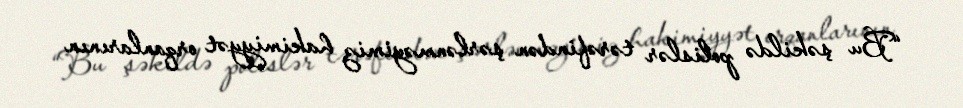
“Bu şəkildə polislər tərəfindən şərlənməyimiz hakimiyyət orqanlarının